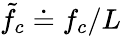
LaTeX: \tilde{f_{c}}\doteq f_{c}/L